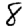
Digit: 8